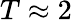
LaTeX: T\approx 2